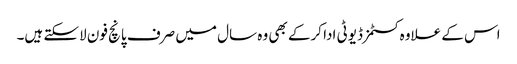
اس کے علاوہ کسٹمز ڈیوٹی ادا کرکے بھی وہ سال میں صرف پانچ فون لاسکتے ہیں۔